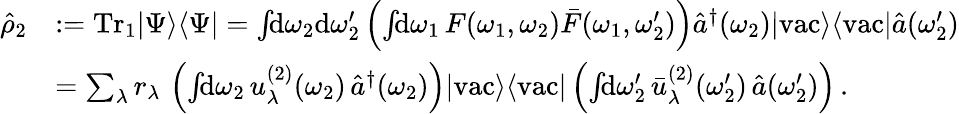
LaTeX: \begin{array}{rl}{\hat{\rho}_{2}}&{:=\mathrm{Tr}_{1}|\Psi\rangle\langle\Psi|=\int\! \! \mathrm{d}\omega_{2}\mathrm{d}\omega_{2}^{\prime}\left(\int\! \! \mathrm{d}\omega_{1}\, F(\omega_{1},\omega_{2})\bar{F}(\omega_{1},\omega_{2}^{\prime})\right)\hat{a}^{\dagger}(\omega_{2})|\mathrm{vac}\rangle\langle\mathrm{vac}|\hat{a}(\omega_{2}^{\prime})}\\ &{=\sum_{\lambda}r_{\lambda}\, \left(\int\! \! \mathrm{d}\omega_{2}\, u_{\lambda}^{(2)}(\omega_{2})\, \hat{a}^{\dagger}(\omega_{2})\right)|\mathrm{vac}\rangle\langle\mathrm{vac}|\left(\int\! \! \mathrm{d}\omega_{2}^{\prime}\, \bar{u}_{\lambda}^{(2)}(\omega_{2}^{\prime})\, \hat{a}(\omega_{2}^{\prime})\right)\, .}\end{array}